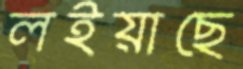
লইয়াছে